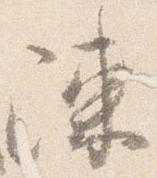
陳